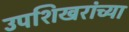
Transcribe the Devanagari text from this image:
उपशिखरांच्या